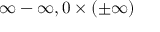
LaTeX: \infty - \infty , 0 \times ( \pm \infty )